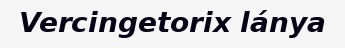
Vercingetorix lánya